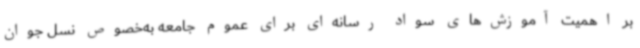
بر اهمیت آموزش‌های سواد رسانه‌ای برای عموم جامعه به‌خصوص نسل جوان